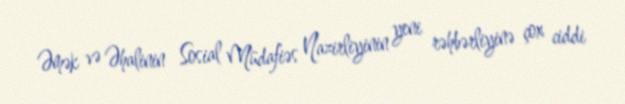
Əmək və Əhalinin Sosial Müdafiəs Nazirliyinin yeni rəhbərliyinə çox ciddi